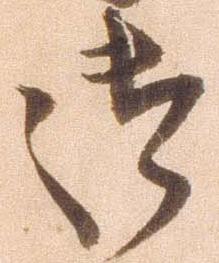
御